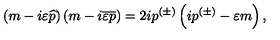
\left( m - i \varepsilon \widehat { p } \right) \left( m - i \overline { { \varepsilon } } \overline { { p } } \right) = 2 i p ^ { ( \pm ) } \left( i p ^ { ( \pm ) } - \varepsilon m \right) ,